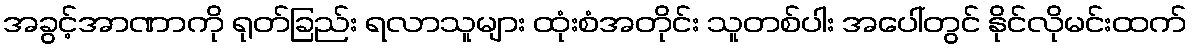
အခွင့်အာဏာကို ရုတ်ခြည်း ရလာသူများ ထုံးစံအတိုင်း သူတစ်ပါး အပေါ်တွင် နိုင်လိုမင်းထက်